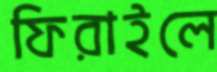
ফিরাইলে